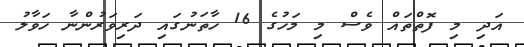
އަދި މި ފޮތްތައް ވެސް މި މަހުގެ 16 ހާތަނުގައި ދަރިވަރުންނާ ހަވާލު